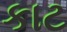
કાટ